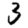
Digit: 3